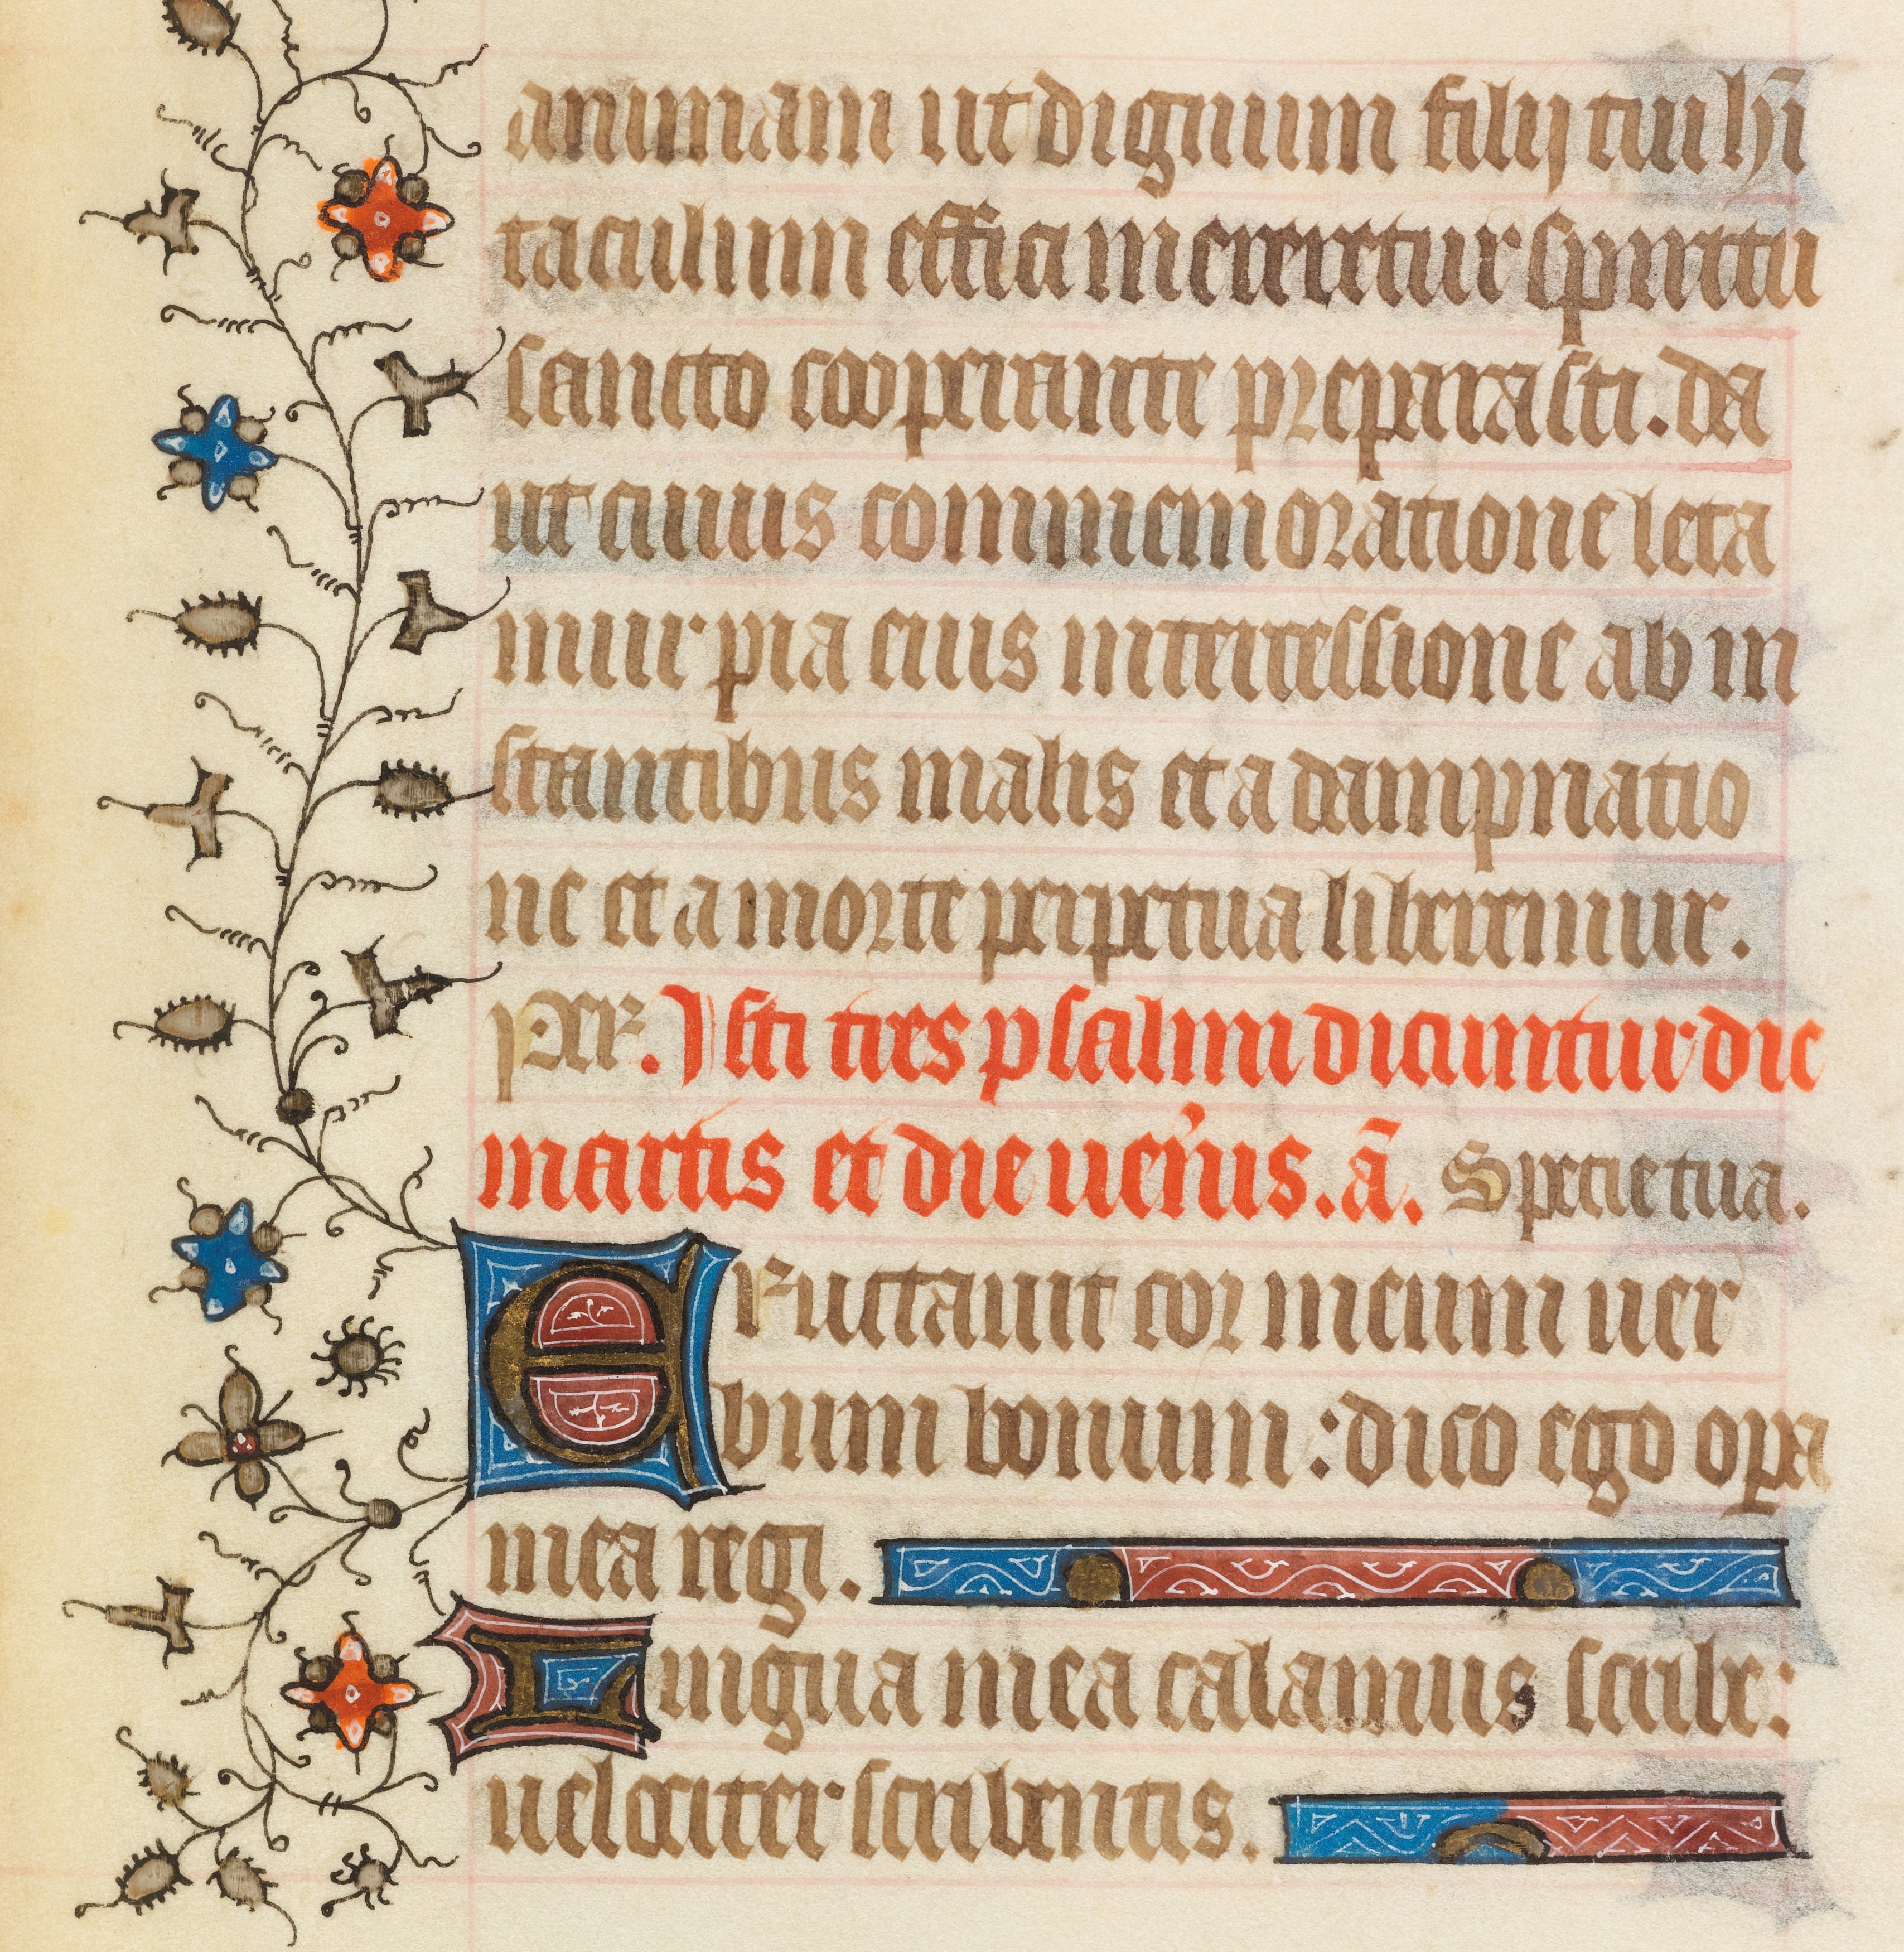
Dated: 1408–1410